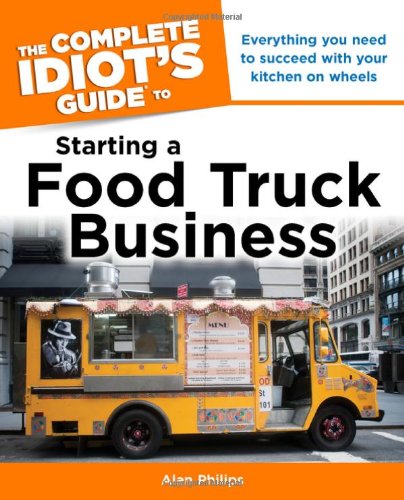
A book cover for The Complete Idiot's Guide to Starting a Food Truck Business (Complete Idiot's Guides (Lifestyle Paperback)); Alan Philips; Cookbooks, Food & Wine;